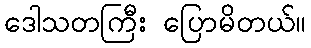
ဒေါသတကြီး ပြောမိတယ်။